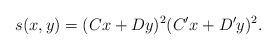
LaTeX: \begin{align*}s(x,y) = (Cx+Dy)^2(C'x+D'y)^2.\end{align*}